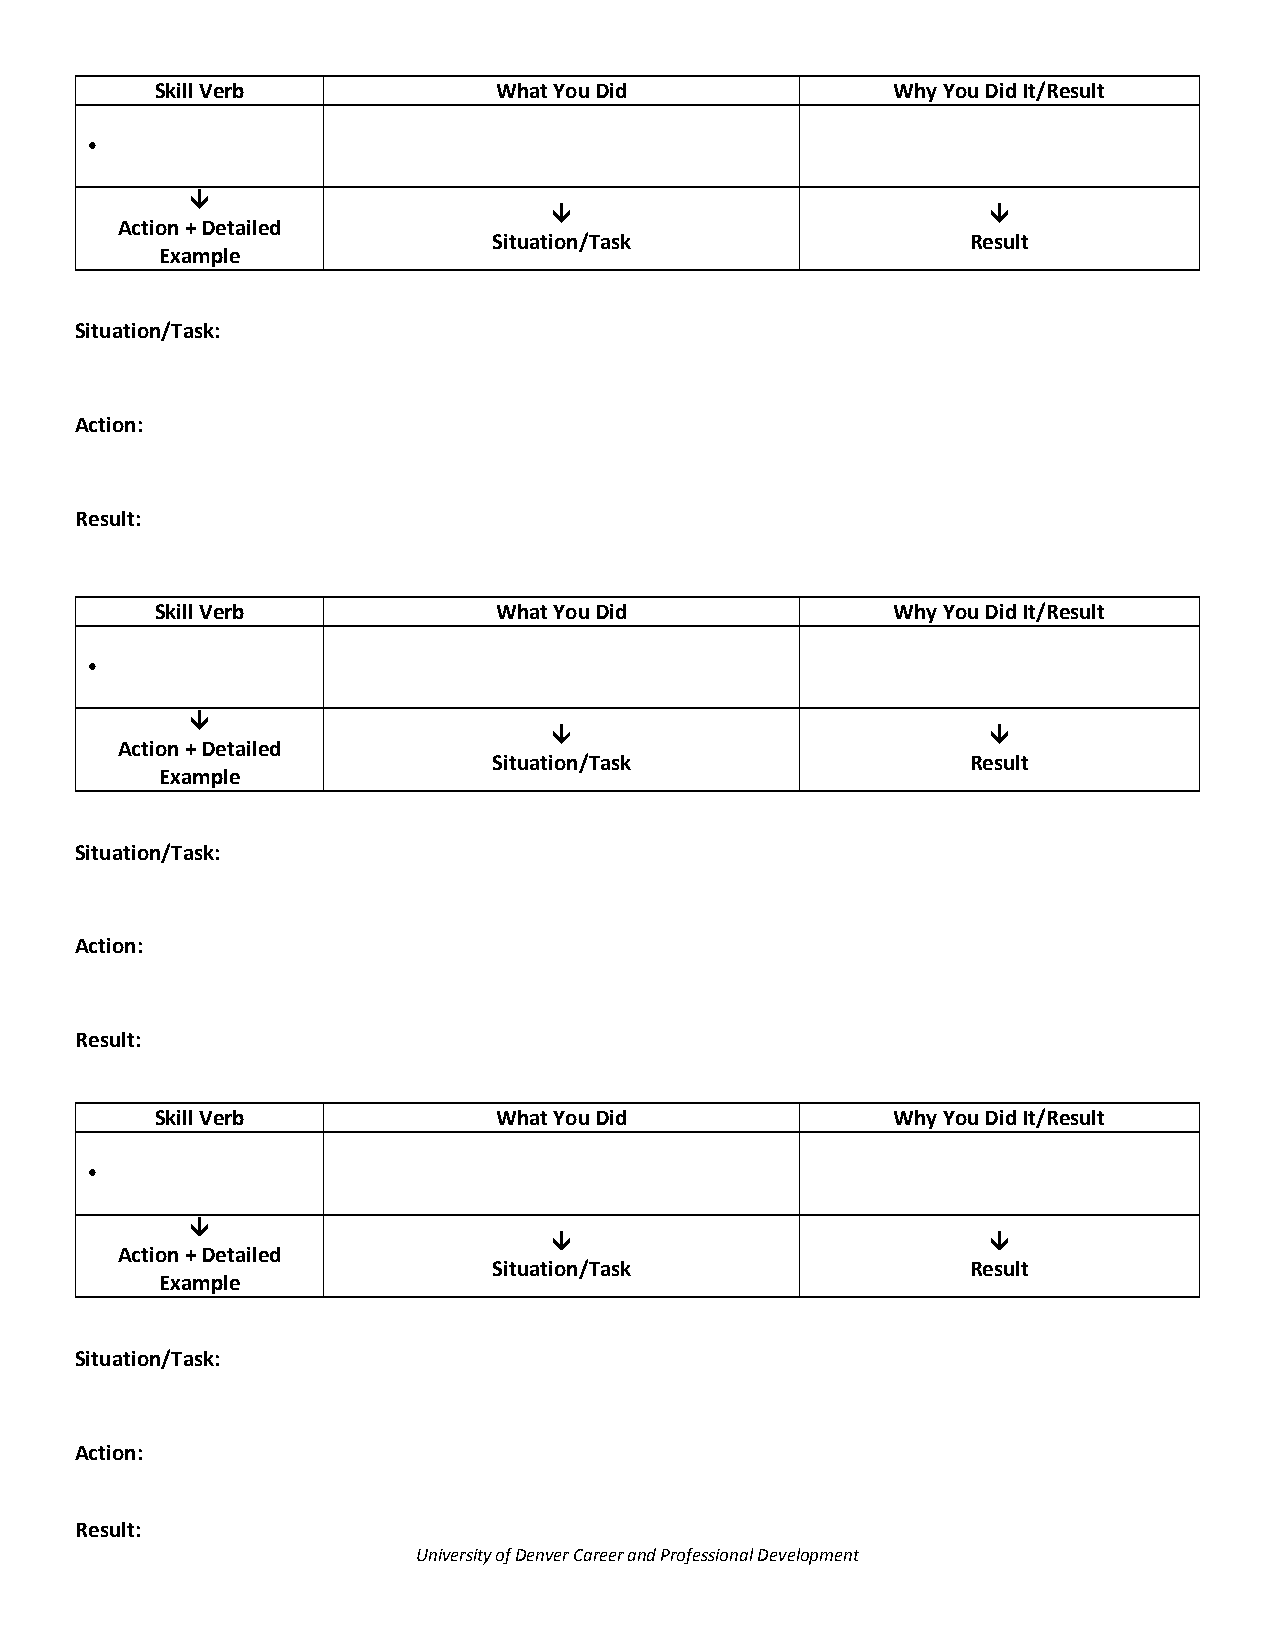
Skill Verb             What You Did              Why You Did It/Result
 
 
                            
 Action + Detailed
 Situation/Task                 Result
 Example
 Situation/Task:
 Action:
 Result:
 Skill Verb             What You Did              Why You Did It/Result
 
 
                            
 Action + Detailed
 Situation/Task                 Result
 Example
 Situation/Task:
 Action:
 Result:
 Skill Verb             What You Did              Why You Did It/Result
 
 
                            
 Action + Detailed
 Situation/Task                 Result
 Example
 Situation/Task:
 Action:
 Result:
 University of Denver Career and Professional Development